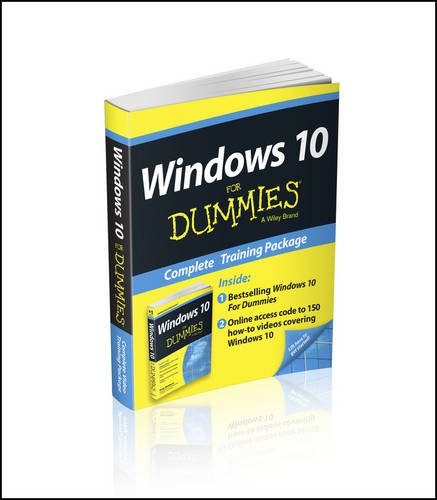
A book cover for Windows 10 For Dummies Book + Online Videos Bundle; Andy Rathbone; Computers & Technology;